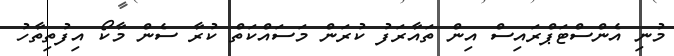
މުނި އެންސްޓަޕްރައިސް އިން ތައާރަފު ކުރަން މަސައްކަތް ކުރާ ސެން މާކޯ އިފުތިތާހު